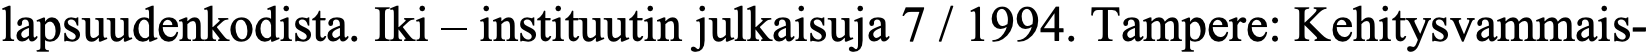
lapsuudenkodista. Iki – instituutin julkaisuja 7 / 1994. Tampere: Kehitysvammais-